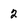
Character: 2